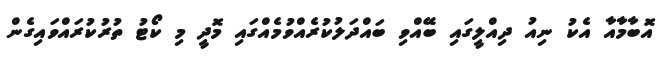
އޮބާމާއާ އެކު ނިއު ދިއްލީގައި ބޭއްވި ބައްދަލުކުރެއްވުމެއްގައި މޮދީ މި ކޯޓު ތުރުކުރައްވައިގެން